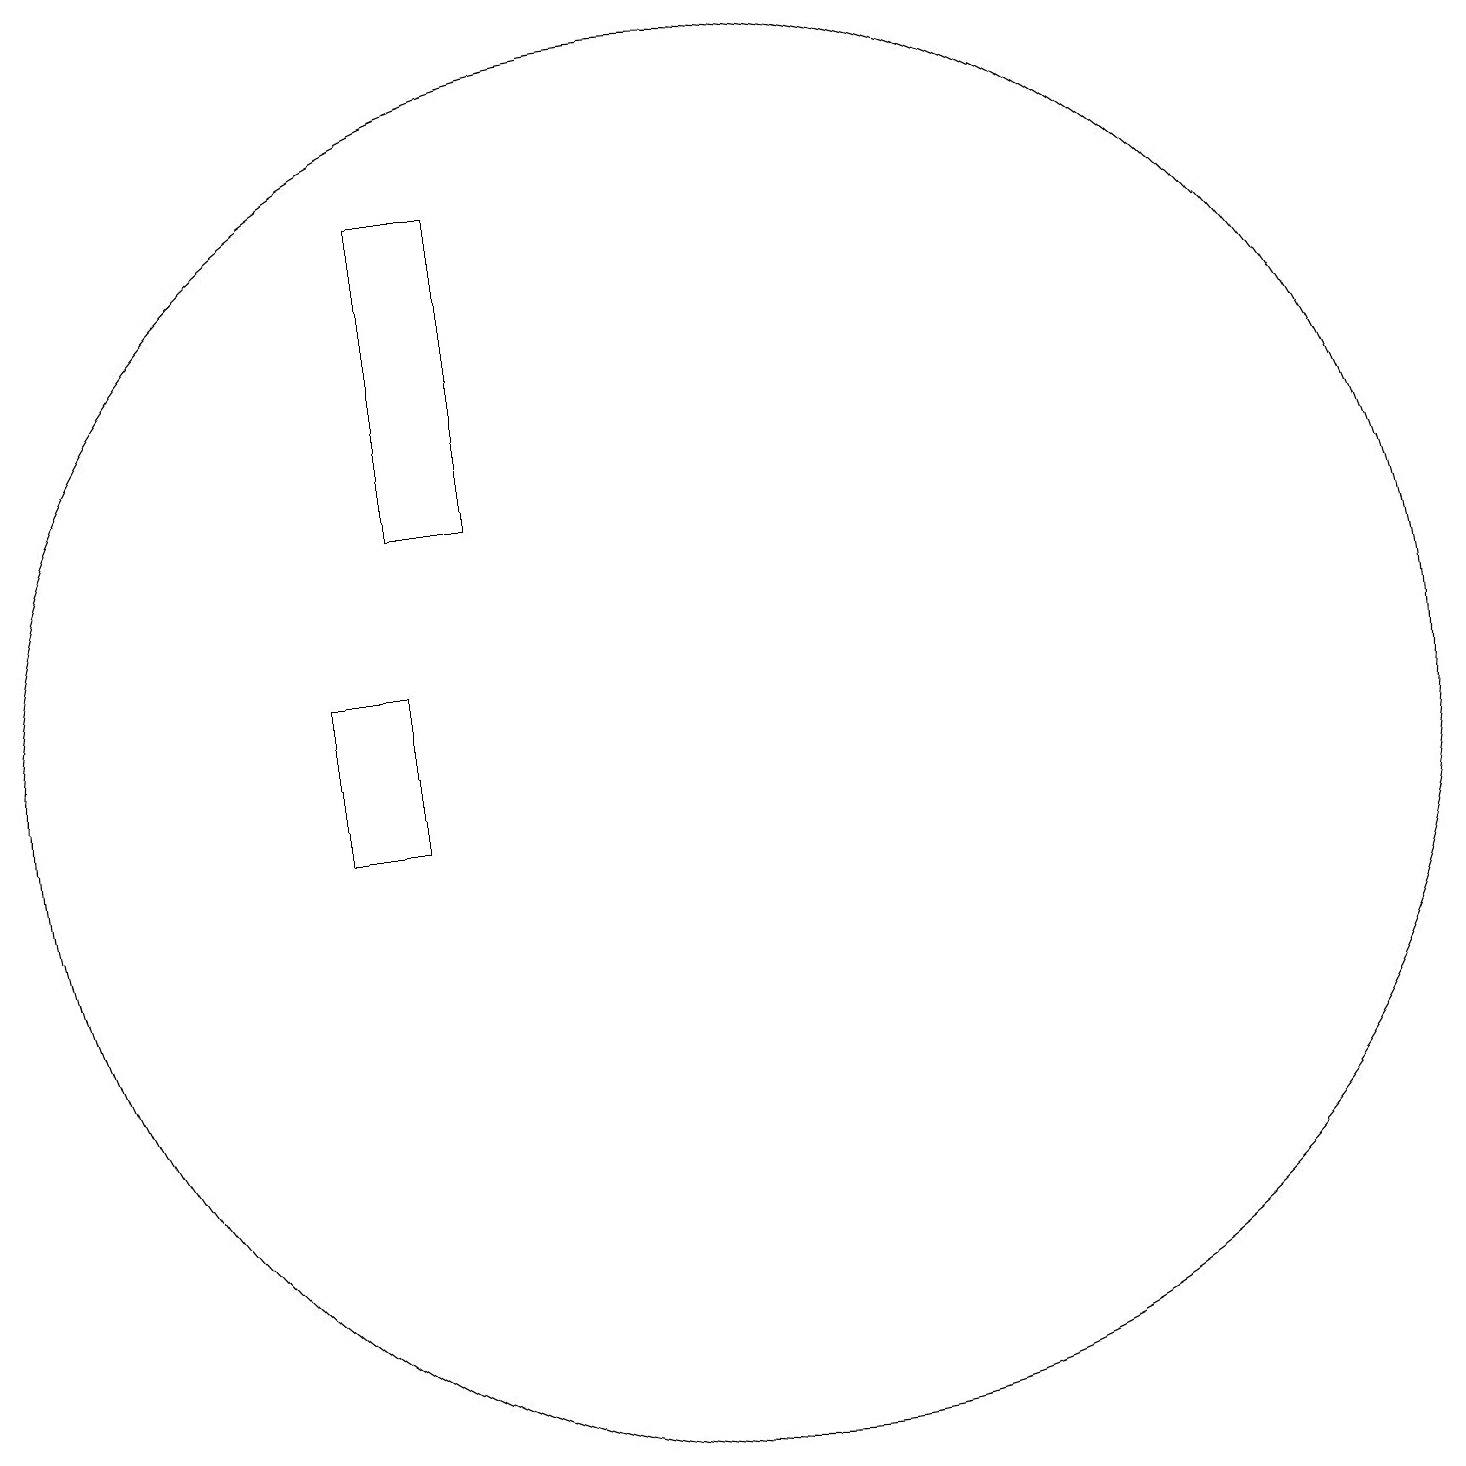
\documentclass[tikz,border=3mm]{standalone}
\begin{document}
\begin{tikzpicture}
\draw (10,12) circle (0);
\draw (6,18) rectangle (7,14);
\draw (5,10) rectangle (6,12);
\draw (10,11) circle (9);
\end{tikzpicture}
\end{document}